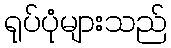
ရုပ်ပုံများသည်